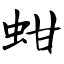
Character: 蚶